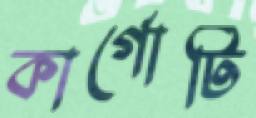
কার্গোটি